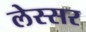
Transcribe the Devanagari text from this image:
लेस्सर